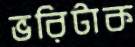
ভরিটাক